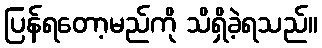
ပြန်ရတော့မည်ကို သိရှိခဲ့ရသည်။